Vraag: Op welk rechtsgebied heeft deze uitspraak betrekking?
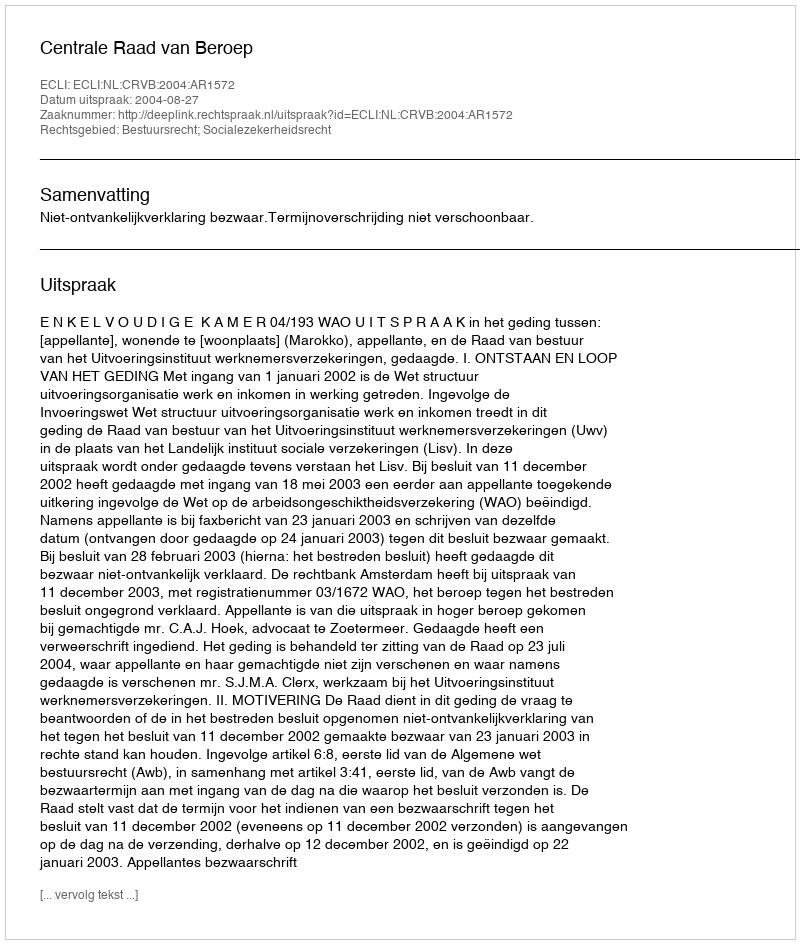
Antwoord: Bestuursrecht; Socialezekerheidsrecht